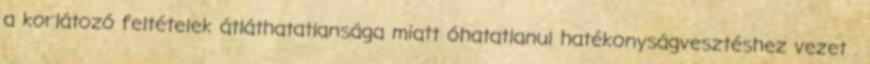
a korlátozó feltételek átláthatatlansága miatt óhatatlanul hatékonyságvesztéshez vezet .